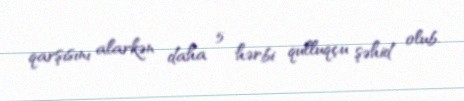
qarşısını alarkən daha 5 hərbi qulluqçu şəhid olub.